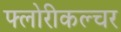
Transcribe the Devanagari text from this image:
फ्लोरीकल्चर